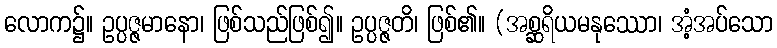
လောက၌။ ဥပ္ပဇ္ဇမာနော၊ ဖြစ်သည်ဖြစ်၍။ ဥပ္ပဇ္ဇတိ၊ ဖြစ်၏။ (အစ္ဆရိယမနုဿော၊ အံ့အပ်သော